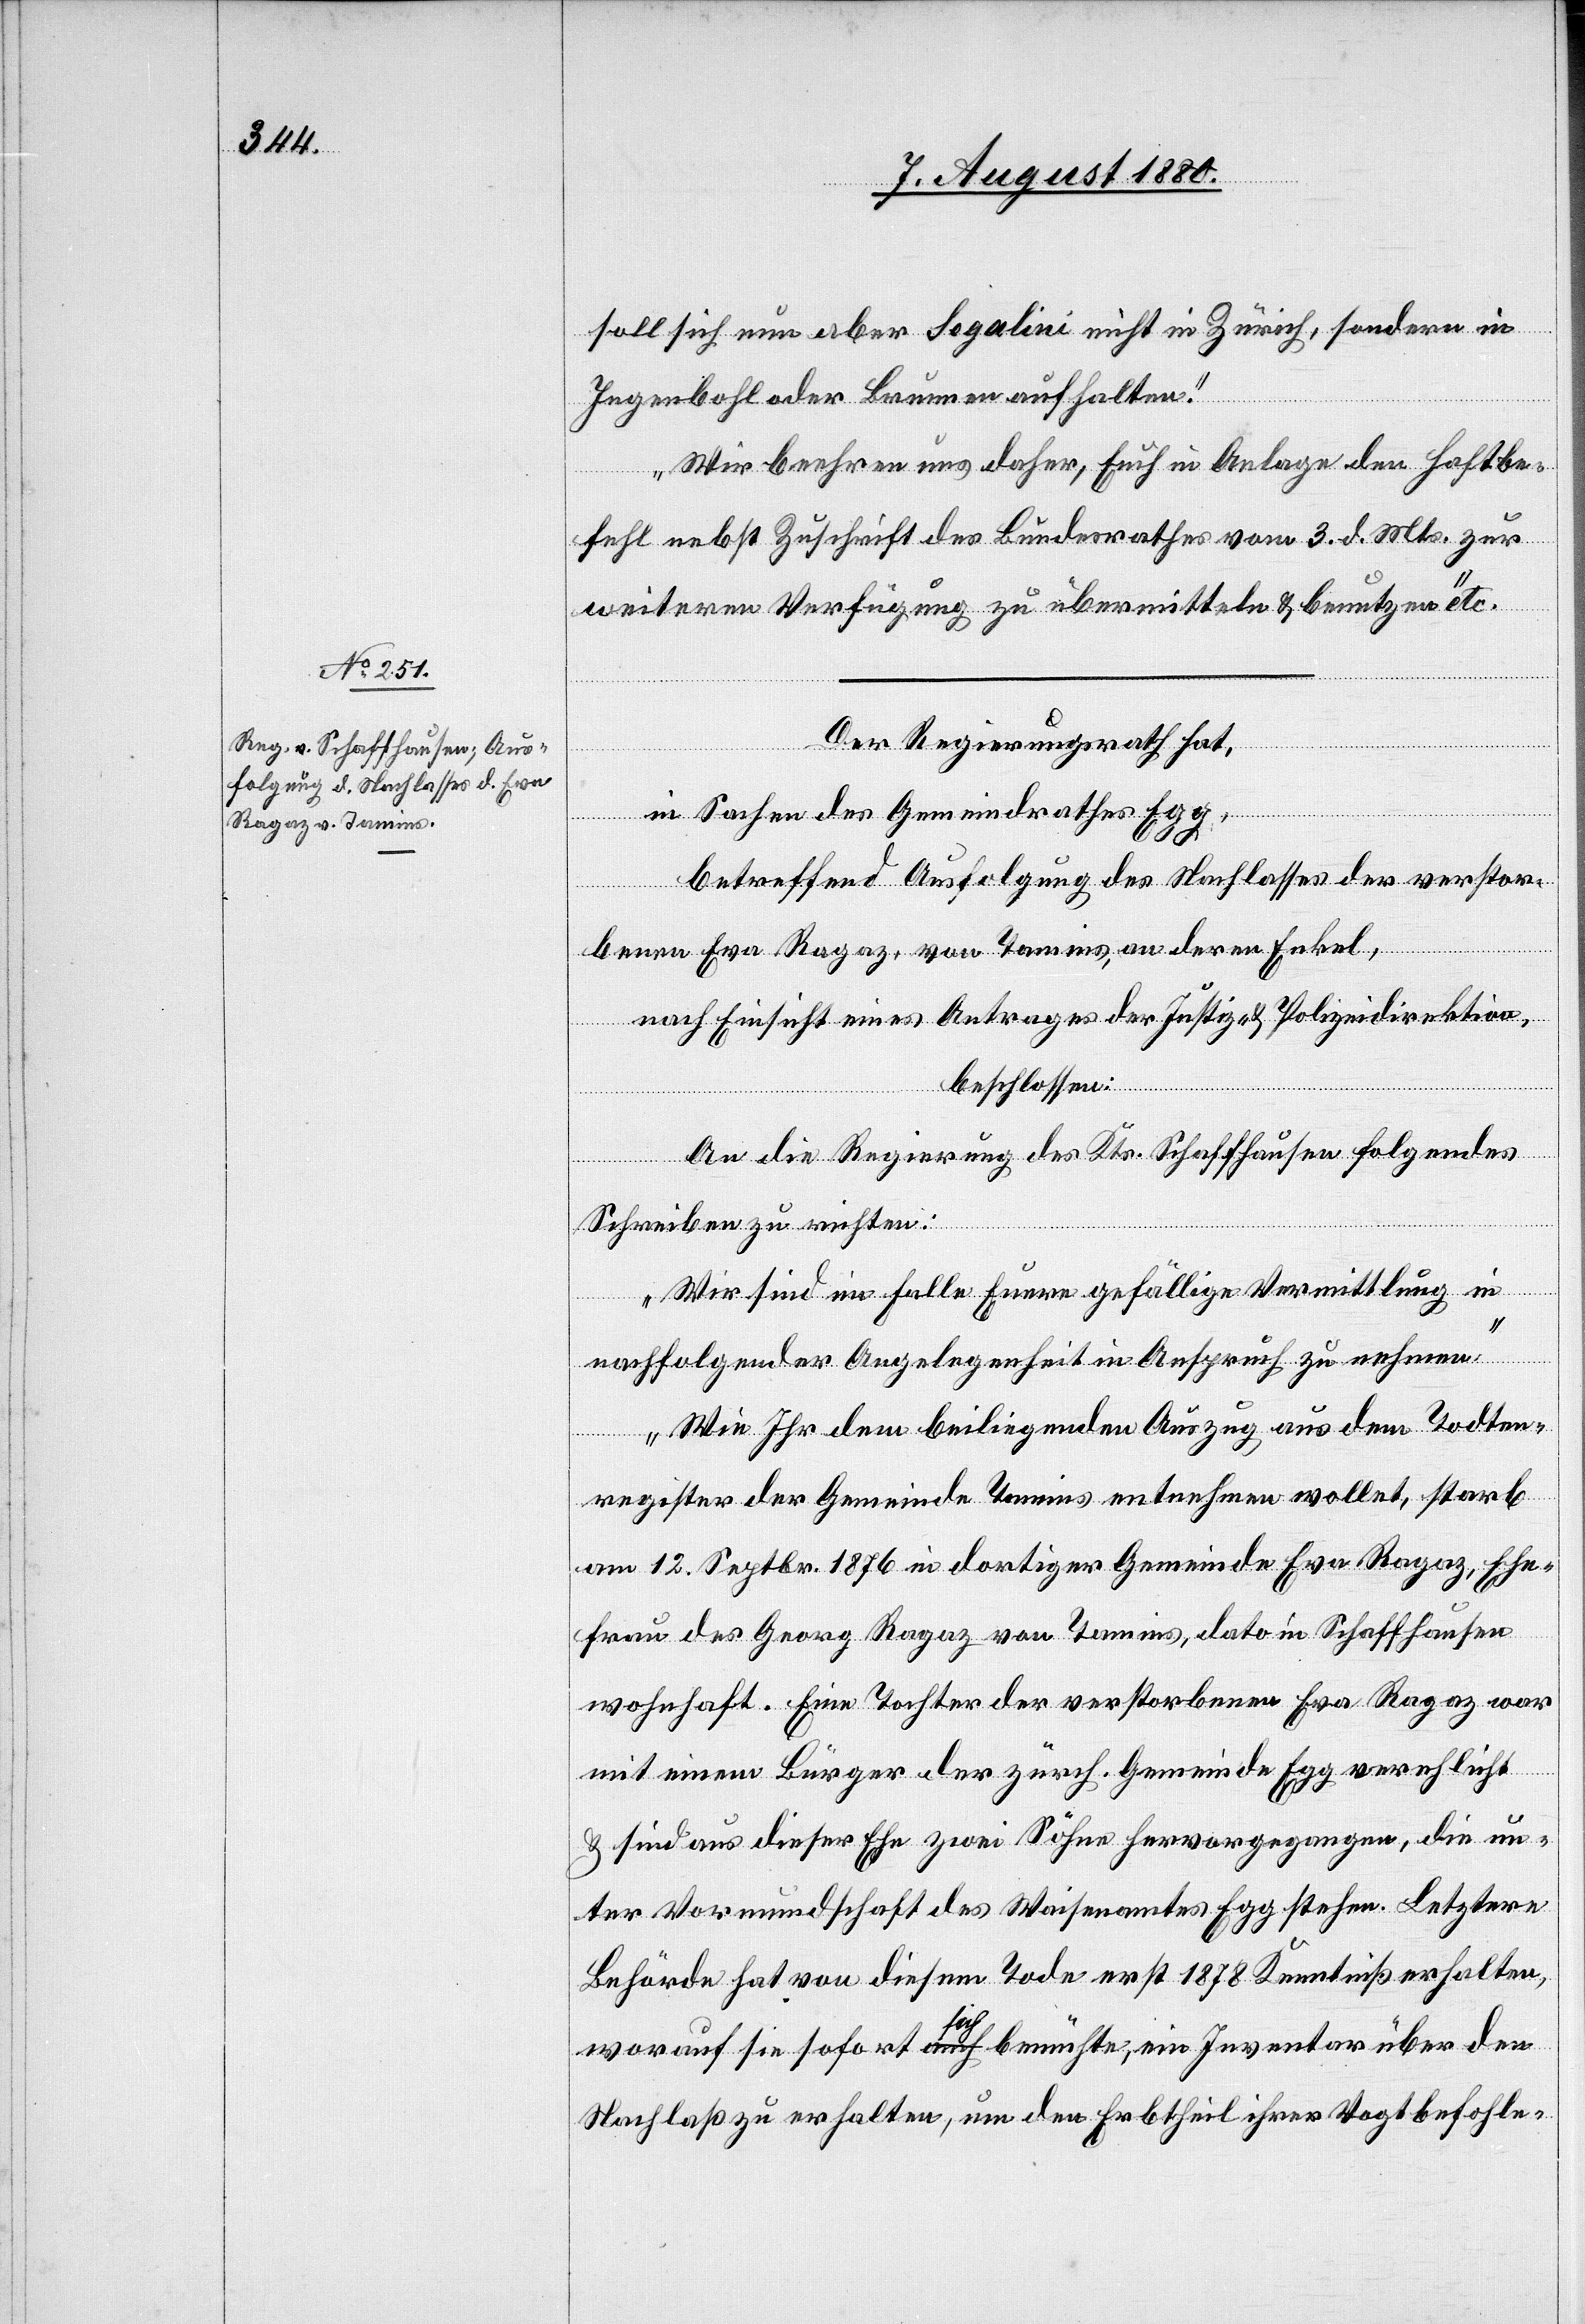
7. August 1880.]
soll sich nun aber Segalini nicht in Zürich, sondern in
Ingenbohl oder Brunnen aufhalten.
Wir beehren uns daher, Euch in Anlage den Haftbe¬
fehl nebst Zuschrift des Bundesrathes vom 3. d. Mts. zur
weiteren Verfügung zu übermitteln & benutzen“ etc.
Der Regierungsrath hat,
in Sachen des Gemeindrathes Egg,
betreffend Ausfolgung des Nachlasses der verstor¬
benen Eva Ragaz, von Tamins, an deren Enkel,
nach Einsicht eines Antrages der Justiz- & Polizeidirektion
beschlossen:
An die Regierung des Kts. Schaffhausens folgendes
Schreiben zu richten:
„Wir sind im Falle Euere gefällige Vermittlung in
nachfolgender Angelegenheit in Anspruch zu nehmen.
Wie Ihr dem beiliegenden Auszug aus dem Todten¬
register der Gemeinde Tamins entnehmen wollet, starb
am 12. Septbr. 1876 in dortiger Gemeinde Eva Ragaz, Ehe¬
frau des Georg Ragaz von Tamins, dato in Schaffhausen
wohnhaft. Eine Tochter der verstorbenen Eva Ragaz war
mit einem Bürger der zürch. Gemeinde Egg verehlicht
& sind aus dieser Ehe zwei Söhne hervorgegangen, die un¬
ter Vormundschaft des Waisenamtes Egg stehen. Letztere
Behörde hat von diesem Tode erst 1878 Kenntniß erhalten,
worauf sie sofort sich bemühte, ein Inventar über den
Nachlaß zu erhalten, um den Erbtheil ihrer Vogtbefohle-